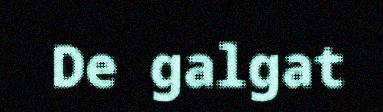
De galgat